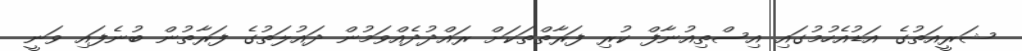
ޝަރީއަތުގެ އަޑުއެހުމުގައި އިސްތިއުނާފް ކުރި ފަރާތްތަކަށް ރައްދުދެއްވަމުން ދައުލަތުގެ ފަރާތުން ބުނެފައި ވަނީ